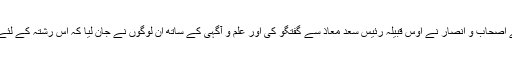
ایک دوسری روایت میں ہے کہ رسولخدا (ص) کے اصحاب و انصار نے اوس قبیلہ رئیس سعد معاذ سے گفتگو کی اور علم و آگہی کے ساتھ ان لوگوں نے جان لیا کہ اس رشتہ کے لئے حضرت علی (ع) کے سوا کوئی مناسب نہیں ہے۔